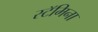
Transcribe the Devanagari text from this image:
स्टॅमिना